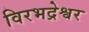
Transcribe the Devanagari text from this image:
विरभद्रेश्वर